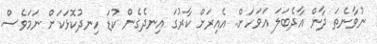
ނުވާނެތަ ދާން އާދެބަލަ އަވަހަށް.. އެއިރަށް ކާރުގަ އިނދެގެން ކުޑަ ހިނދުކޮޅަކަށް ނަމަވެސް